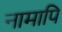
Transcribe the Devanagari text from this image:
नामापि